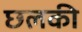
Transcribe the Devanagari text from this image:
छलकी